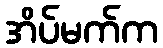
အိပ်မက်က